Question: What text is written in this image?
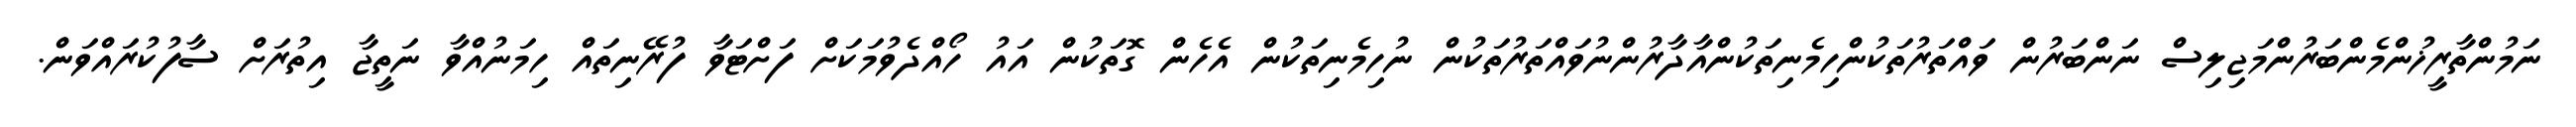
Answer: ނަމުންތާރީޚުންމެންބަރުންމަޖިލިސް ނަންބަރުން ވައްތަރުތަކުންހިމެނިތަކުންއާދާރުންނުވައްތަރުތަކުން ނުހިމެނިތަކުން އެހެން ގޮތަކުން އައު ހޯއްދެވުމަކަށް ފަށްޓަވާ ފުރޭނިތައް ހިމަނުއްވާ ނަތީޖާ އިތުރަށް ސާފުކުރައްވަން.